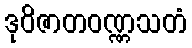
ဒုဝိဇာတဝဏ္ဏသတံ